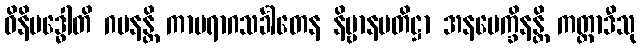
ဝိနိဗဒ္ဓေါတိ ဂမနန္တိ ကာမရာဂသင်္ခါတေန နိဗ္ဗာနပတိဋ္ဌာ အနပေက္ခိနန္တိ ကတ္တာဒီသု